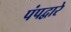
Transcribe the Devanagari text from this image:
पंपद्वारे